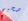
صحيح